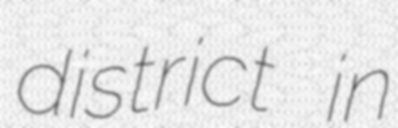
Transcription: district in